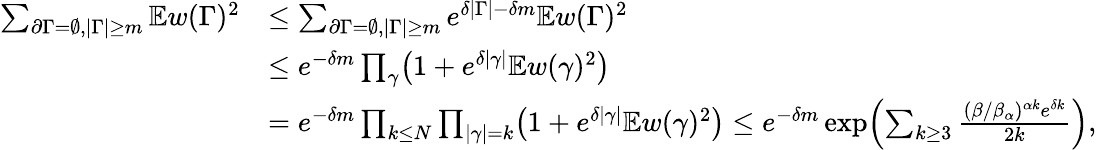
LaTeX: \begin{array}{rl}{\sum_{\partial\Gamma=\emptyset,|\Gamma|\geq m}\mathbb Ew(\Gamma)^{2}}&{\leq\sum_{\partial\Gamma=\emptyset,|\Gamma|\geq m}e^{\delta|\Gamma|-\delta m}\mathbb Ew(\Gamma)^{2}}\\ &{\leq e^{-\delta m}\prod_{\gamma}\bigl(1+e^{\delta|\gamma|}\mathbb Ew(\gamma)^{2}\bigr)}\\ &{=e^{-\delta m}\prod_{k\leq N}\prod_{|\gamma|=k}\bigl(1+e^{\delta|\gamma|}\mathbb Ew(\gamma)^{2}\bigr)\leq e^{-\delta m}\exp\Bigl(\sum_{k\geq 3}\frac{(\beta/\beta_{\alpha})^{\alpha k}e^{\delta k}}{2k}\Bigr),}\end{array}